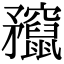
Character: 𥎣